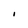
Character: I